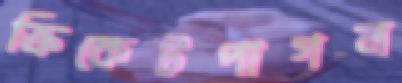
ক্রিকেটপাগল